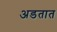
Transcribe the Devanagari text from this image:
अडतात